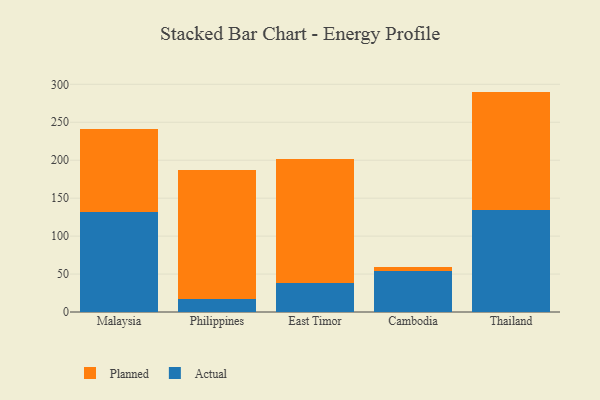
{"axis": {"x": "Country", "y": "Customer Acquisition Cost (USD)"}, "legend": ["Actual", "Planned"], "data": [{"x": "Malaysia", "y": 132.4, "type": "Actual"}, {"x": "Malaysia", "y": 108.2, "type": "Planned"}, {"x": "Philippines", "y": 17.7, "type": "Actual"}, {"x": "Philippines", "y": 169.9, "type": "Planned"}, {"x": "East Timor", "y": 38.8, "type": "Actual"}, {"x": "East Timor", "y": 163.0, "type": "Planned"}, {"x": "Cambodia", "y": 53.5, "type": "Actual"}, {"x": "Cambodia", "y": 6.0, "type": "Planned"}, {"x": "Thailand", "y": 134.6, "type": "Actual"}, {"x": "Thailand", "y": 155.8, "type": "Planned"}]}